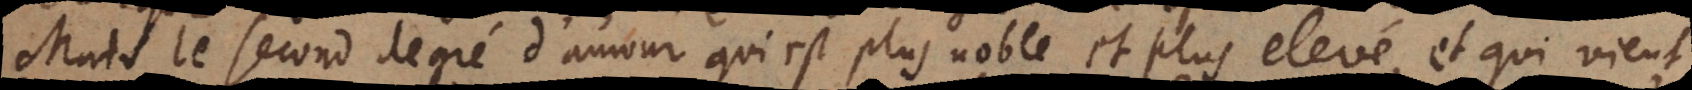
Mais le second degré d’amour qui est plus noble et plus elevé, et qui vient